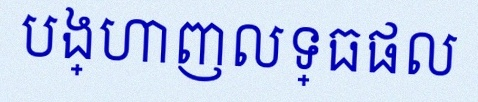
បង្ហាញលទ្ធផល